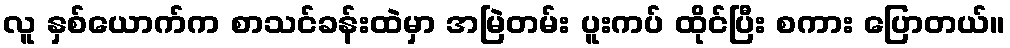
လူ နှစ်ယောက်က စာသင်ခန်းထဲမှာ အမြဲတမ်း ပူးကပ် ထိုင်ပြီး စကား ပြောတယ်။